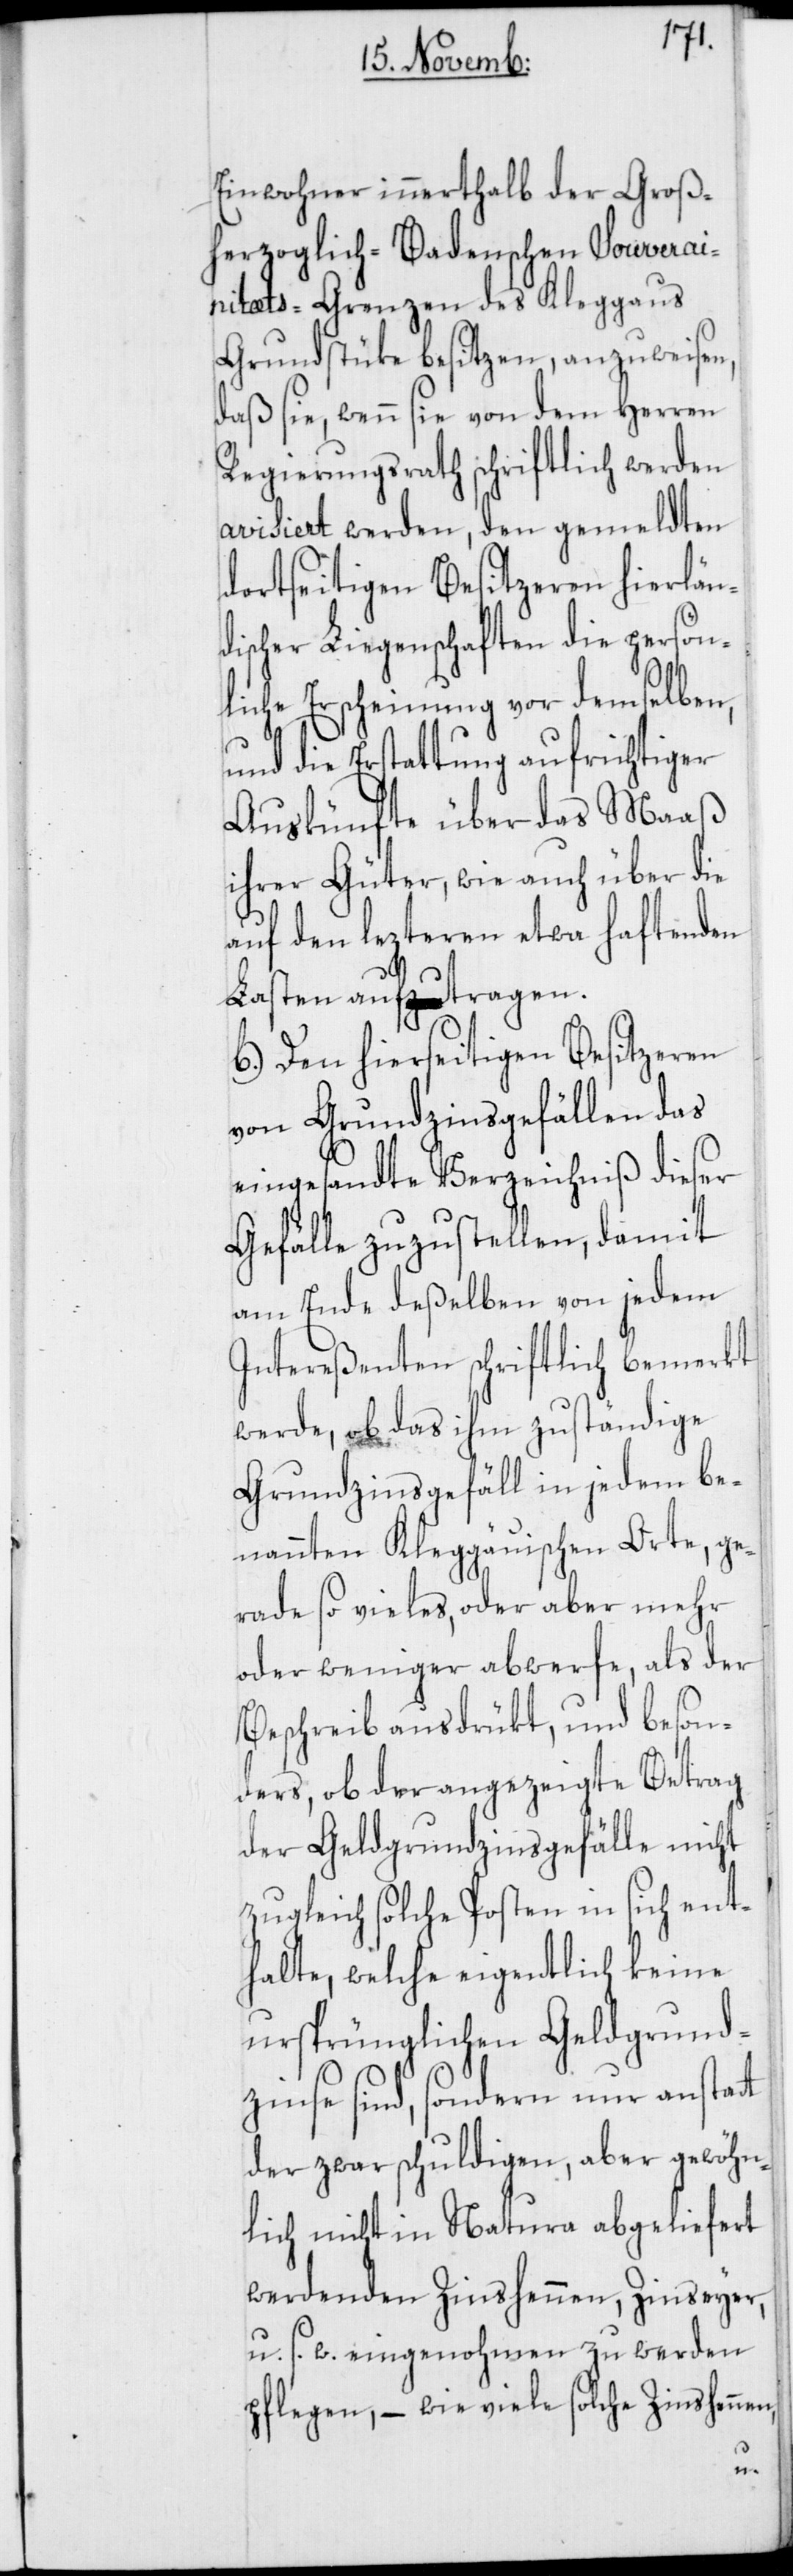
Einwohner innerthalb der Groß¬
herzoglich-Badenschen Souverai¬
nitæts-Grenzen des Kleggaus
Grundstüke besitzen, anzuweisen,
daß sie, wenn sie von dem Herren
Regierungsrath schriftlich werden
avisiert werden, den gemeldten
dortseitigen Besitzeren hierlän¬
discher Liegenschaften die persön¬
liche Erscheinung vor demselben,
und die Erstattung aufrichtiger
Auskünfte über das Maaß
ihrer Güter, wie auch über die
auf den lezteren etwa haftenden
Lasten auftragen.
b.) Den hierseitigen Besitzeren
von Grundzinsgefällen das
eingesandte Verzeichniß dieser
Gefälle zuzustellen, damit
am Ende deßelben von jedem
Intereßenten schriftlich bemerkt
werde, ob das ihm zuständige
Grundzinsgefäll in jedem be¬
nannten Kleggäuischen Orte, ge¬
rade so vieles, oder aber mehr
oder weniger abwerfe, als der
Beschreib ausdrükt, und beson¬
ders, ob der angezeigte Betrag
der Geldgrundzinsgefälle nicht
zugleich solche Posten in sich ent¬
halte, welche eigentlich keine
ursprünglichen Geldgrund¬
zinse sind, sondern nur anstat¬
der zwar schuldigen, aber gewöhn¬
lich nicht in Natura abgeliefert
werdenden Zinshennen, Zinseyer,
u. s. w. eingenohmen zu werden
pflegen, – wie viel solche Zinshennen,
t